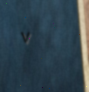
٧